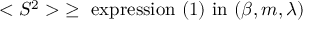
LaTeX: < S ^ { 2 } > \; \ge \mathrm { ~ e x p r e s s i o n ~ ( 1 ) ~ i n ~ } ( \beta , m , \lambda )